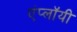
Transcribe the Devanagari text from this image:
एंप्लॉयी